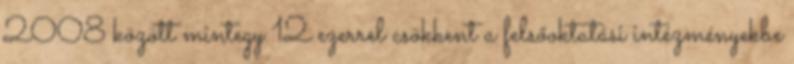
2008 között mintegy 12 ezerrel csökkent a felsőoktatási intézményekbe